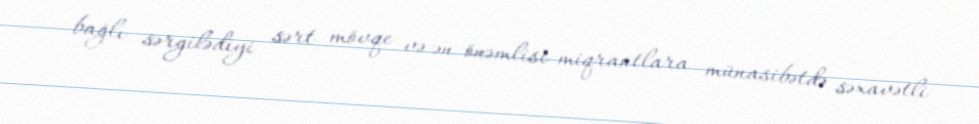
bağlı sərgilədiyi sərt mövqe və ən önəmlisi miqrantlara münasibətdə səxavətli